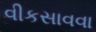
વીકસાવવા